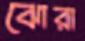
ঝোরা